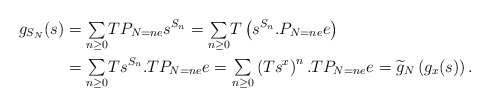
\begin{align*}g_{S_{N}}(s) & ={\textstyle\sum\limits_{n\geq0}}TP_{N=ne}s^{S_{n}}={\textstyle\sum\limits_{n\geq0}}T\left( s^{S_{n}}.P_{N=ne}e\right) \\& ={\textstyle\sum\limits_{n\geq0}}Ts^{S_{n}}.TP_{N=ne}e={\textstyle\sum\limits_{n\geq0}}\left( Ts^{x}\right) ^{n}.TP_{N=ne}e=\widetilde{g}_{N}\left( g_{x}(s)\right) .\end{align*}